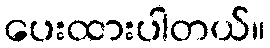
ပေးထားပါတယ်။